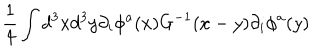
\frac { 1 } { 4 } \int d ^ { 3 } x d ^ { 3 } y \partial _ { i } \phi ^ { a } ( x ) G ^ { - 1 } ( x - y ) \partial _ { i } \phi ^ { a } ( y )